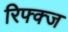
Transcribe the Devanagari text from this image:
रिफ्क्ज